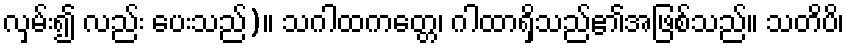
လှမ်း၍ လည်း ပေးသည်)။ သဂါထကတ္တေ၊ ဂါထာရှိသည်၏အဖြစ်သည်။ သတိပိ၊